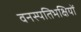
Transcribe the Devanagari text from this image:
वनस्पतिभक्षियों